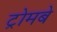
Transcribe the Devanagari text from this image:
ट्रोमबे